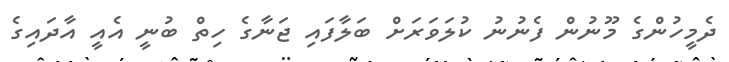
ދެމީހުންގެ މޫނުން ފެނުނު ކުލަވަރަށް ބަލާފައި ޖަނާގެ ހިތް ބުނީ އެއީ އާދައިގެ